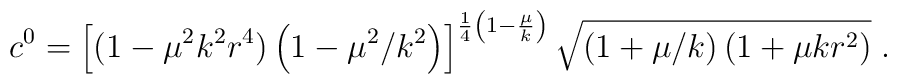
c^0=\left[(1-\mu^2k^2r^4)\left(1-\mu^2/k^2\right)\right]^{\frac{1}{4}\left(1-\frac{\mu}{k}\right)}\sqrt{\left(1+\mu/k\right)(1+\mu k r^2)}\;.